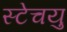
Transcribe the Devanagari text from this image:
स्टेचयु